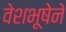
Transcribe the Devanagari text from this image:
वेशभूषेने